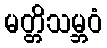
မတ္တိသမ္ဘဝံ